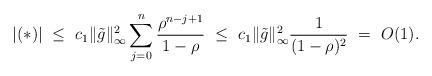
LaTeX: \begin{align*}|(*)| \ \le\ c_1 \|\tilde g\|_\infty^2 \sum_{j=0}^n \frac{\rho^{n-j+1}}{1-\rho} \ \le\ c_1 \|\tilde g\|_\infty^2 \frac{1}{(1-\rho)^2}\ =\ O(1).\end{align*}